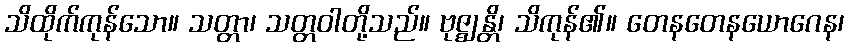
သိထိုက်ကုန်သော။ သတ္တာ၊ သတ္တဝါတို့သည်။ ဗုဇ္ဈန္တိ၊ သိကုန်၏။ တေနတေနယောဂေန၊